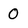
Character: 0